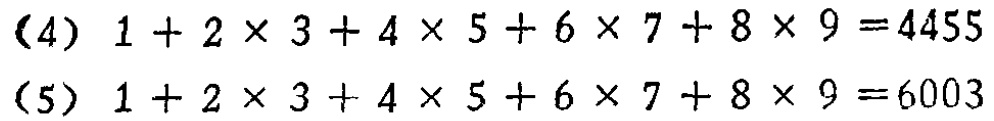
(4) \(1 + 2\times3 + 4\times5 + 6\times7 + 8\times9 = 4455\)

(5) \(1 + 2\times3 + 4\times5 + 6\times7 + 8\times9 = 6003\)